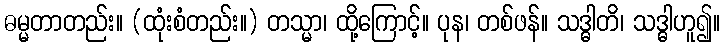
ဓမ္မတာတည်း။ (ထုံးစံတည်း။) တသ္မာ၊ ထို့ကြောင့်။ ပုန၊ တစ်ဖန်။ သဒ္ဓါတိ၊ သဒ္ဓါဟူ၍။